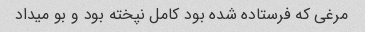
مرغی که فرستاده شده بود کامل نپخته بود و بو میداد